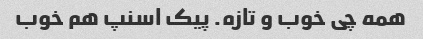
همه چی خوب و تازه. پیک اسنپ هم خوب